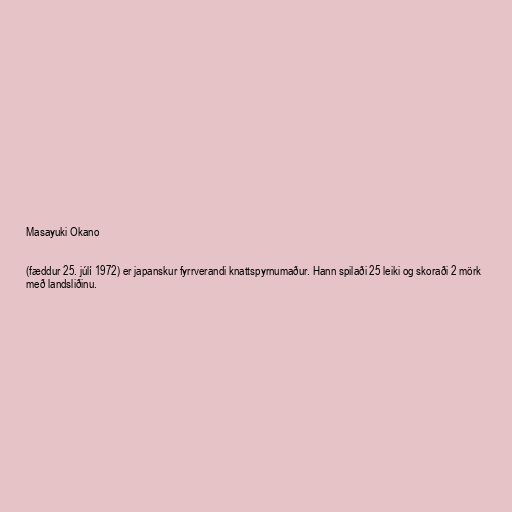
Masayuki Okano

(fæddur 25. júlí 1972) er japanskur fyrrverandi knattspyrnumaður. Hann spilaði 25 leiki og skoraði 2 mörk
með landsliðinu.